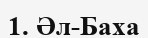
1. Әл-Баха